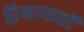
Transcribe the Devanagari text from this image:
ऱियासतों